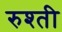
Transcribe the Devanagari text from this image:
रुश्ती